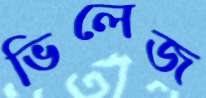
ভিলেজ